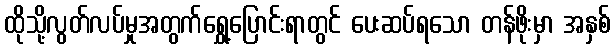
ထိုသို့လွတ်လပ်မှုအတွက်ရွှေ့ပြောင်းရာတွင် ပေးဆပ်ရသော တန်ဖိုးမှာ အနှစ်